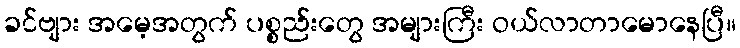
ခင်ဗျား အမေ့အတွက် ပစ္စည်းတွေ အများကြီး ဝယ်လာတာမောနေပြီ။